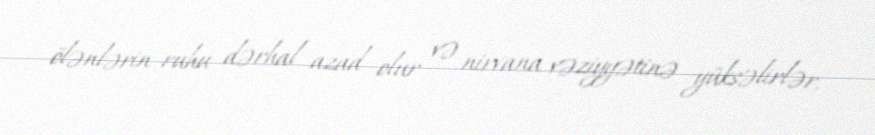
ölənlərin ruhu dərhal azad olur və nirvana vəziyyətinə yüksəlirlər.